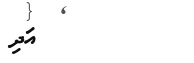
އަދި